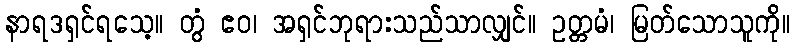
နာရဒရှင်ရသေ့။ တွံ ဧဝ၊ အရှင်ဘုရားသည်သာလျှင်။ ဥတ္တမံ၊ မြတ်သောသူကို။